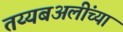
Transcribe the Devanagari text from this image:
तय्यबअलींच्या